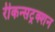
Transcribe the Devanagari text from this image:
रीकन्सट्रक्शन